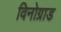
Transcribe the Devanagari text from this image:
विनोग्राड